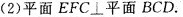
(2)平面EFC⊥平面BCD。